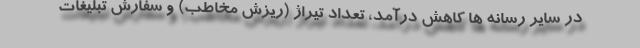
در سایر رسانه ها کاهش درآمد، تعداد تیراژ (ریزش مخاطب) و سفارش تبلیغات